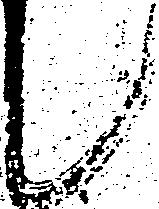
候